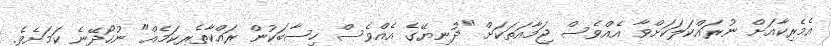
އެމެރިކާއަށް ނުރައްކަލަކަށްވާ އެއްވެސް ޖަމާއަތަކަށް "ދުނިޔޭގެ އެއްވެސް ހިސާބަކުން ރައްކާތެރިކަމެއް" ނުހޯދޭނެ ކަމަށެވެ.